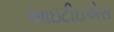
આઇટીઇએસ